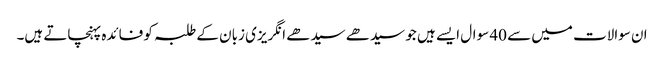
ان سوالات میں سے 40 سوال ایسے ہیں جو سیدھے سیدھے انگریزی زبان کے طلبہ کو فائدہ پہنچاتے ہیں۔